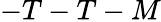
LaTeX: -T-T-M